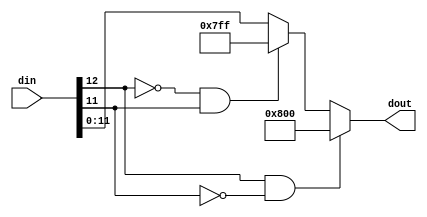
module s_sat_13_12 #(
    // (1, 13, 7) to (1, 12, 7)
    parameter   WIN  = 13,
    parameter   WOUT = 12
)(
    input  signed     [WIN-1:0]  din,
    output reg signed [WOUT-1:0] dout
);

always  @(*) begin
    // Negative Overflow Check
    if ((din[WIN-1] == 1'b1) && (din[WIN-2:WOUT-1] != { {WIN-WOUT}{1'b1} })) begin
        dout = {1'b1,{{WOUT-1}{1'b0}}};
    end
    // Positive Overflow Check
    else if ((din[WIN-1] == 1'b0) && (din[WIN-2:WOUT-1] != { {WIN-WOUT}{1'b0} })) begin
        dout = {1'b0,{{WOUT-1}{1'b1}}};
    end
    // 
    else begin
        dout = din[WOUT-1:0];
    end
end

endmodule